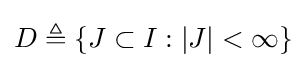
D\triangleq \{J\subset I:|J|<\infty \}